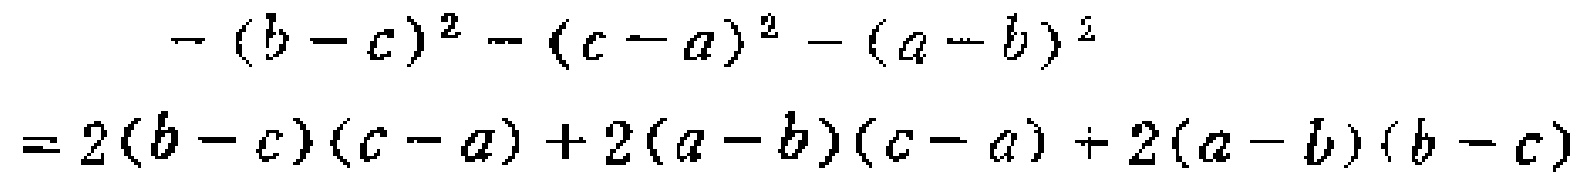
\[

\begin{align*}

&-(b - c)^2-(c - a)^2-(a - b)^2\\

=&2(b - c)(c - a)+2(a - b)(c - a)+2(a - b)(b - c)

\end{align*}

\]